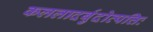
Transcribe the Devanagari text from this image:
कललादर्बुदोत्पत्तिः